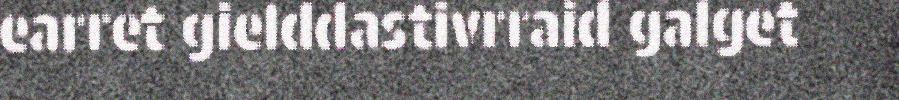
earret gielddastivrraid galget